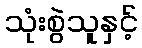
သုံးစွဲသူနှင့်